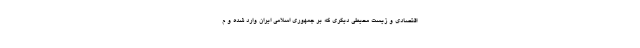
اقتصادی و زیست محیطی دیگری که بر جمهوری اسلامی ایران وارد شده و م